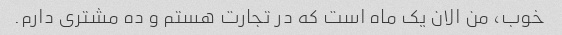
خوب، من الان یک ماه است که در تجارت هستم و ده مشتری دارم.